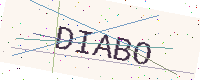
Text: DIABO